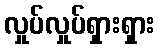
လှုပ်လှုပ်ရှားရှား